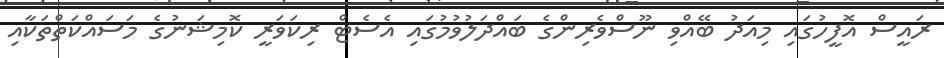
ރައީސް އޮފީހުގައި މިއަދު ބޭއްވި ނޫސްވެރިންގެ ބައްދަލުވުމުގައި އެސެޓް ރިކަވަރީ ކޮމިޝަނުގެ މަސައްކަތްތަކާއި